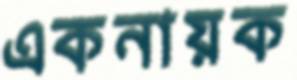
একনায়ক